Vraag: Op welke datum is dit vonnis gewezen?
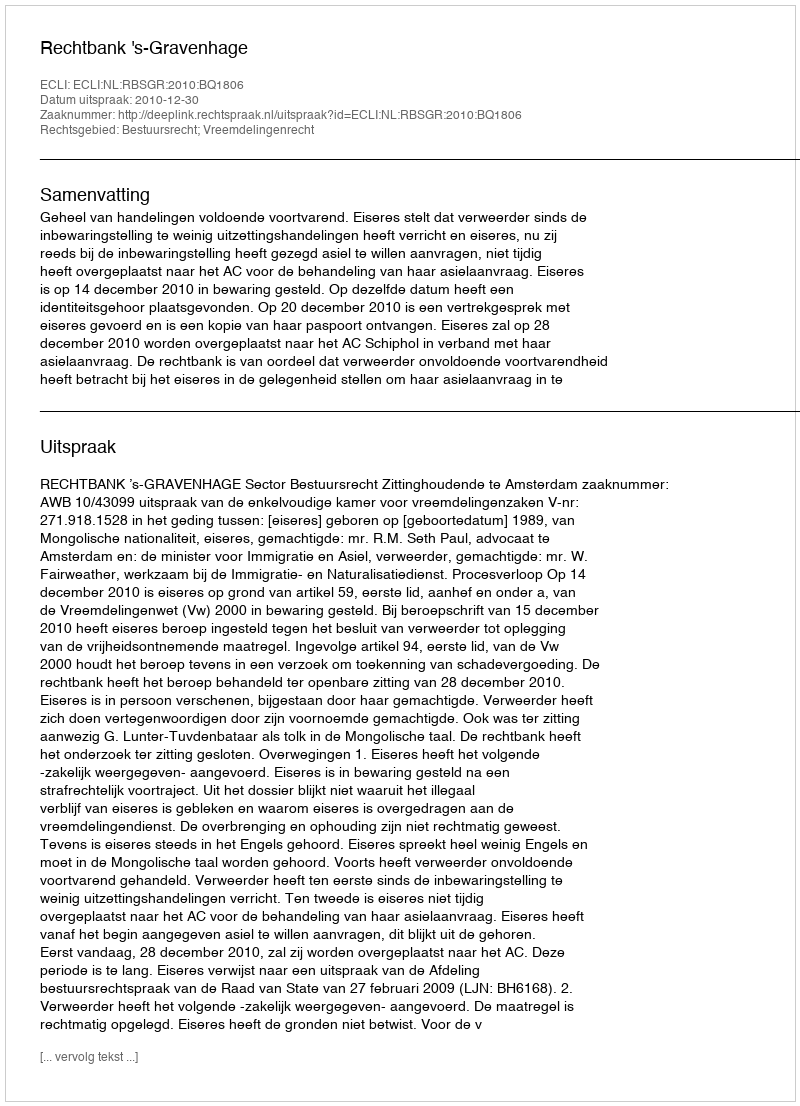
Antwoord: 2010-12-30